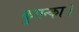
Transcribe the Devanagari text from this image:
कुएन्का।